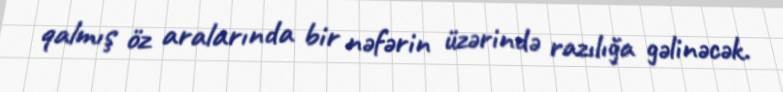
qalmış öz aralarında bir nəfərin üzərində razılığa gəlinəcək.